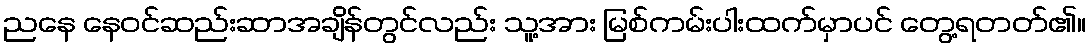
ညနေ နေဝင်ဆည်းဆာအချိန်တွင်လည်း သူ့အား မြစ်ကမ်းပါးထက်မှာပင် တွေ့ရတတ်၏။